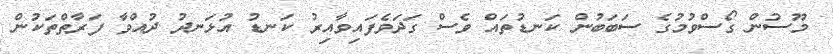
މޫސުން ގޯސްވުމުގެ ސަބަބުން ކަނޑުތައް ވެސް ގަދަވެފައިވާއިރު ކަނޑު އުޅަނދު ދުއްވާ ފަރާތްތަކުން